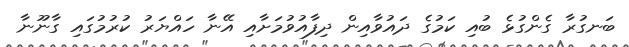
ބަނގުރާ ގެންގުޅެ ބުއި ކަމުގެ ދައުވާއިން ދިފާއުވުމަށާއި އޭނާ ހައްޔަރު ކުރުމުގައި ގާނޫނާ